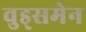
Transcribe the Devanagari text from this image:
वुड्समेन